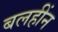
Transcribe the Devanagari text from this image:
बलहींन